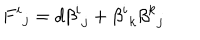
{ F ^ { i } } _ { j } = d { \beta ^ { i } } _ { j } + { \beta ^ { i } } _ { k } { \beta ^ { k } } _ { j }